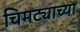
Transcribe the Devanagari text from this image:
चिमट्याच्या